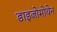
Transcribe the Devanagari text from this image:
डाइजोमोथेन